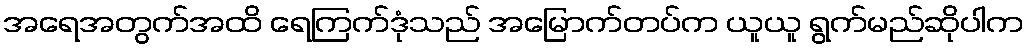
အရေအတွက်အထိ ရေကြက်ဒုံသည် အမြောက်တပ်က ယူယူ ရွက်မည်ဆိုပါက